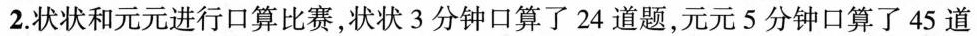
2.状状和元元进行口算比赛，状状3分钟口算了2 4道题，元元5分钟口算了4 5道